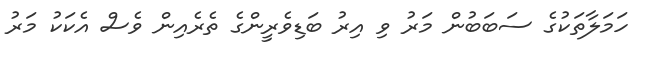
ހަމަލާތަކުގެ ސަބަބުން މަރު ވި އިރު ބަޑިވެރީންގެ ތެރެއިން ވެސް އެކަކު މަރު